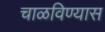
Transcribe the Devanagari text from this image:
चाळविण्यास